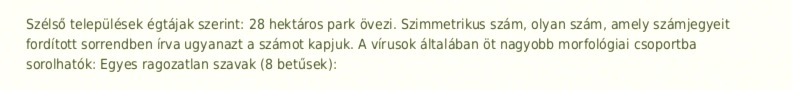
Szélső települések égtájak szerint: 28 hektáros park övezi. Szimmetrikus szám, olyan szám, amely számjegyeit fordított sorrendben írva ugyanazt a számot kapjuk. A vírusok általában öt nagyobb morfológiai csoportba sorolhatók: Egyes ragozatlan szavak (8 betűsek):